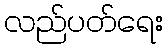
လည်ပတ်ရေး